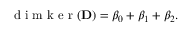
\begin{array} { r } { \mathrm { ~ d ~ i ~ m ~ k ~ e ~ r ~ } ( { \bf D } ) = \beta _ { 0 } + \beta _ { 1 } + \beta _ { 2 } . } \end{array}